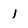
Character: l